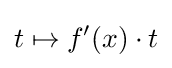
t\mapsto f'(x)\cdot t